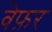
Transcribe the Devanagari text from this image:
वेफ़र